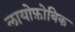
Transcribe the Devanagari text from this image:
लायोफ़ोबिक